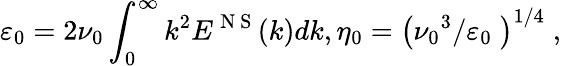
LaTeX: {{\varepsilon}_{0}}=2{{\nu}_{0}}\int_{0}^{\infty}{{{k}^{2}}{{E}^{\mathrm{~N~S~}}}(k)dk},{{\eta}_{0}}={{\left({{{\nu}_{0}}^{3}}/{{{\varepsilon}_{0}}}\; \right)}^{{1}/{4}\; }},